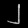
Digit: ၂